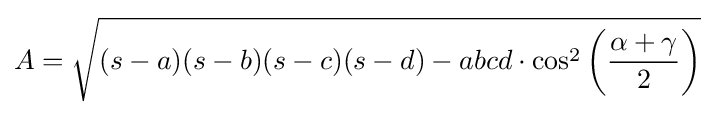
A={\sqrt {(s-a)(s-b)(s-c)(s-d)-abcd\cdot \cos ^{2}\left({\frac {\alpha +\gamma }{2}}\right)}}